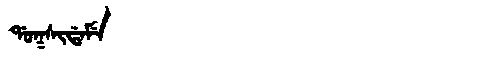
Manchu: ᡩᠣᡴᠰᡳᡩᠠᠮᡝ
Romanization: DOKSIDAME